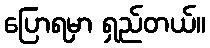
ပြောရမှာ ရှည်တယ်။